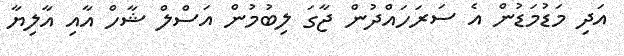
އަދި މަޑުމަޑުން އެ ސަރަހައްދުން ޖާގަ ލިބުމުން އަސްލް ޝާހް އާއި އާލިޔާ